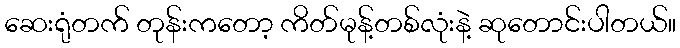
ဆေးရုံတက် တုန်းကတော့ ကိတ်မုန့်တစ်လုံးနဲ့ ဆုတောင်းပါတယ်။